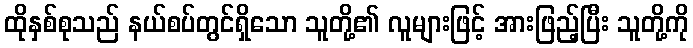
ထိုနှစ်စုသည် နယ်စပ်တွင်ရှိသော သူတို့၏ လူများဖြင့် အားဖြည့်ပြီး သူတို့ကို